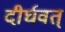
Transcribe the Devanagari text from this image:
दीर्घवत्